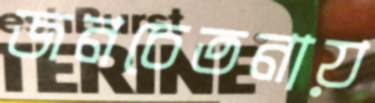
জনচেতনায়